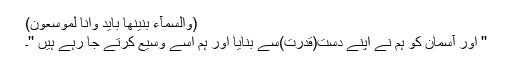
(وَالسَّمَآءَ بَنَیْنٰھَا بِاَیْدٍ وَّاِنَّا لَمُوْسِعُوْنَ)
'' اور آسمان کو ہم نے اپنے دستِ(قدرت)سے بنایا اور ہم اسے وسیع کرتے جا رہے ہیں ''۔